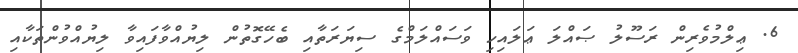
6. ޢިލްމުވެރިން ރަސޫލު ޞައްލަ ޢަލައިހި ވަސައްލަމްގެ ސިޔަރަތާއި ބެހޭގޮތުން ލިޔުއްވާފައިވާ ލިޔުއްވުންތަކާއި